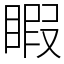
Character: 睱